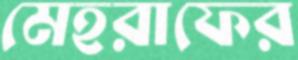
মেহরাফের